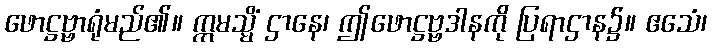
ဖောဋ္ဌဗ္ဗာရုံမည်၏။ ဣမသ္မိံ ဌာနေ၊ ဤဖောဋ္ဌဗ္ဗဒါနကို ပြရာဌာန၌။ ဧသေံ၊